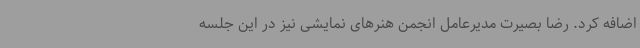
اضافه کرد. رضا بصیرت مدیرعامل انجمن هنرهای نمایشی نیز در این جلسه